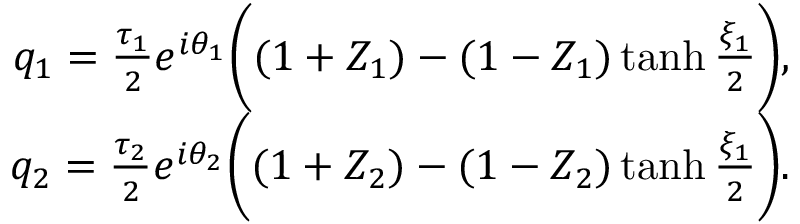
\begin{array} { r } { q _ { 1 } = \frac { \tau _ { 1 } } { 2 } e ^ { i \theta _ { 1 } } \bigg ( ( 1 + Z _ { 1 } ) - ( 1 - Z _ { 1 } ) \operatorname { t a n h } \frac { \xi _ { 1 } } { 2 } \bigg ) , } \\ { q _ { 2 } = \frac { \tau _ { 2 } } { 2 } e ^ { i \theta _ { 2 } } \bigg ( ( 1 + Z _ { 2 } ) - ( 1 - Z _ { 2 } ) \operatorname { t a n h } \frac { \xi _ { 1 } } { 2 } \bigg ) . } \end{array}